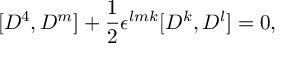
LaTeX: [ D ^ { 4 } , D ^ { m } ] + { \frac { 1 } { 2 } } \epsilon ^ { l m k } [ D ^ { k } , D ^ { l } ] = 0 ,